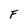
Character: F